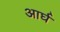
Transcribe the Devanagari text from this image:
आर्घ